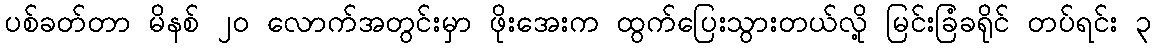
ပစ်ခတ်တာ မိနစ် ၂၀ လောက်အတွင်းမှာ ဖိုးအေးက ထွက်ပြေးသွားတယ်လို့ မြင်းခြံခရိုင် တပ်ရင်း ၃